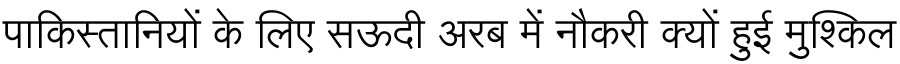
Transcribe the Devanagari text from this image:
पाकिस्तानियों के लिए सऊदी अरब में नौकरी क्यों हुई मुश्किल